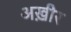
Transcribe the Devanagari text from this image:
अख़ीर